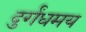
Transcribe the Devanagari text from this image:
दुर्गंधमय